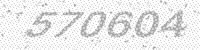
Solution: 570604